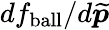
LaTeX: df_{\mathrm{{ball}}}/d\widetilde{\boldsymbol{p}}